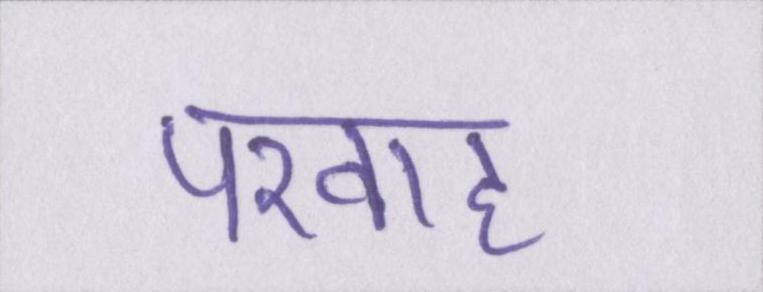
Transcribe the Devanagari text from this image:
परवाह